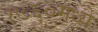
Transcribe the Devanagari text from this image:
१७६०मध्ये